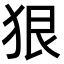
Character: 狠